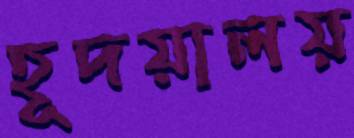
হূদয়ালয়